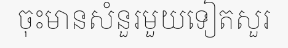
ចុះមានសំនួរមួយទៀតសួរ